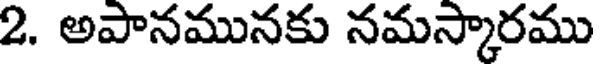
2. అపానమునకు నమస్కారము